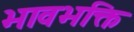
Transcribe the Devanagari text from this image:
भावभक्ति